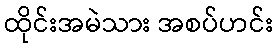
ထိုင်းအမဲသား အစပ်ဟင်း